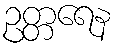
ဥတ္တရေန